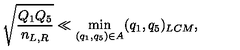
\sqrt { \frac { Q _ { 1 } Q _ { 5 } } { n _ { L , R } } } \ll \min _ { ( q _ { 1 } , q _ { 5 } ) \in A } ( q _ { 1 } , q _ { 5 } ) _ { L C M } ,